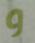
و